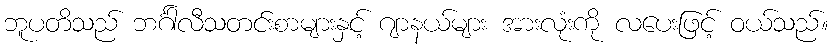
ဘူပတိသည် ဘင်္ဂါလီသတင်းစာများနှင့် ဂျာနယ်များ အားလုံးကို လပေးဖြင့် ဝယ်သည်။